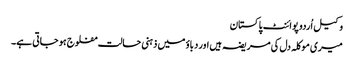
وکیل اُردو پوائنٹ پاکستان
میری موکلہ دل کی مریضہ ہیں اور دباؤ میں ذہنی حالت مفلوج ہو جاتی ہے۔